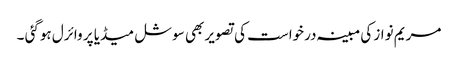
مریم نواز کی مبینہ درخواست کی تصویر بھی سوشل میڈیا پر وائرل ہوگئی ۔